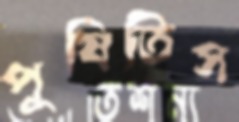
পুষিতিস